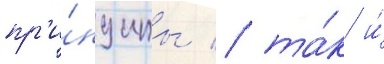
пр'и́нципы / та́к и́